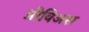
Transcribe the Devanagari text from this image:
प्रीविअस